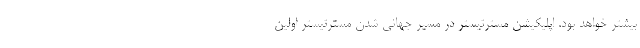
بیشتر خواهد بود. اپلیکیشن مسترتیستر در مسیر جهانی شدن مسترتیستر اولین